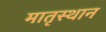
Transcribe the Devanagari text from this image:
मातृस्थान